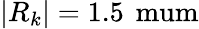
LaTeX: |R_{k}|=1.5\, \mathrm{\ mum}